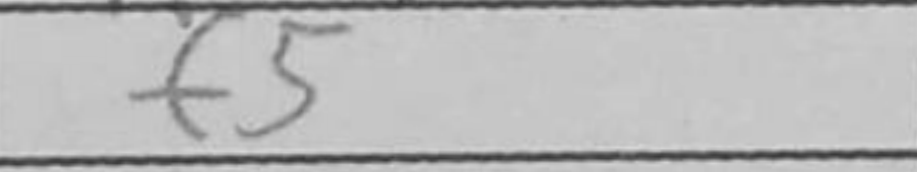
Transcription: f5